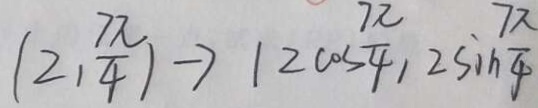
( 2 , \frac { 7 \pi } { 4 } ) \rightarrow 1 2 \cos \frac { 7 \pi } { 4 } , 2 \sin \frac { 7 \pi } { 4 } , 2 \sin \frac { 7 \pi } { 4 }